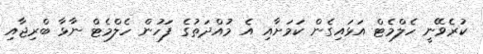
ކުރެވޭނީ ހެލްމެޓް އަޅައިގެން ކަމަށާއި އެ މުއްދަތުގެ ފަހުން ހެލްމެޓް ނާޅާ ބްރިޖާއި